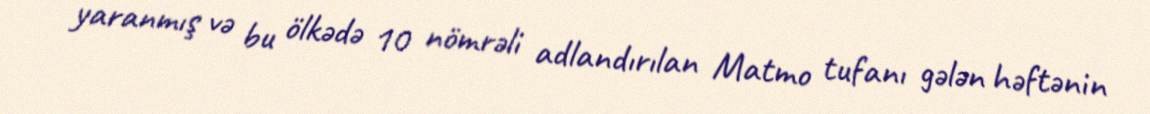
yaranmış və bu ölkədə 10 nömrəli adlandırılan Matmo tufanı gələn həftənin